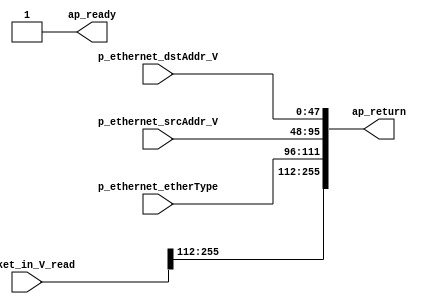
// ==============================================================
// RTL generated by Vivado(TM) HLS - High-Level Synthesis from C, C++ and SystemC
// Version: 2018.2
// Copyright (C) 1986-2018 Xilinx, Inc. All Rights Reserved.
// 
// ===========================================================

`timescale 1 ns / 1 ps 

module Deparser (
        ap_ready,
        packet_in_V_read,
        p_ethernet_dstAddr_V,
        p_ethernet_srcAddr_V,
        p_ethernet_etherType,
        ap_return
);


output   ap_ready;
input  [255:0] packet_in_V_read;
input  [47:0] p_ethernet_dstAddr_V;
input  [47:0] p_ethernet_srcAddr_V;
input  [15:0] p_ethernet_etherType;
output  [255:0] ap_return;

wire   [111:0] tmp_1_fu_54_p4;

assign ap_ready = 1'b1;

assign ap_return = {{packet_in_V_read[255:112]}, {tmp_1_fu_54_p4}};

assign tmp_1_fu_54_p4 = {{{p_ethernet_etherType}, {p_ethernet_srcAddr_V}}, {p_ethernet_dstAddr_V}};

endmodule //Deparser